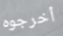
أخرجوه